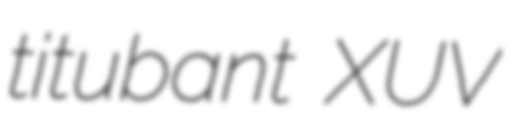
titubant XUV